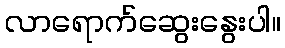
လာရောက်ဆွေးနွေးပါ။